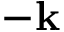
- \mathbf { k }